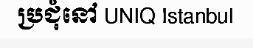
ប្រជុំនៅ UNIQ Istanbul